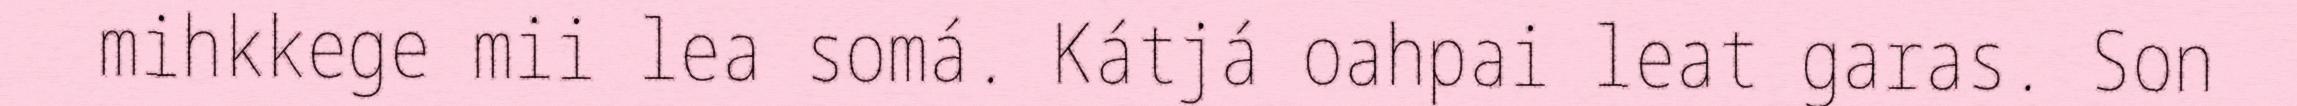
mihkkege mii lea somá. Kátjá oahpai leat garas. Son